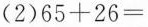
(2) $$6 5 + 2 6 =$$